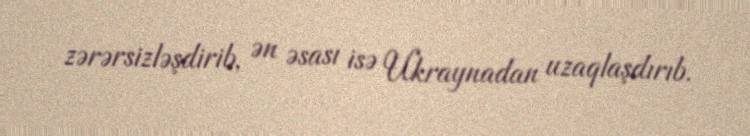
zərərsizləşdirib, ən əsası isə Ukraynadan uzaqlaşdırıb.